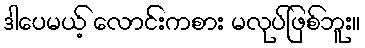
ဒါပေမယ့် လောင်းကစား မလုပ်ဖြစ်ဘူး။